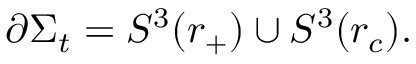
\partial \Sigma _ { t } = S ^ { 3 } ( r _ { + } ) \cup S ^ { 3 } ( r _ { c } ) .